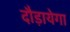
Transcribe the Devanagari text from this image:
दौड़ायेगा